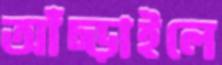
আঁচ্‌ড়াইলে